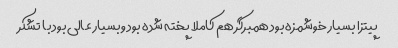
پیتزا بسیار خوشمزه بود همبرگر هم کاملا پخته شده بود وبسیار عالی بود با تشکر